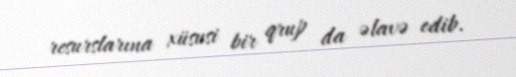
resurslarına xüsusi bir qrup da əlavə edib.